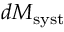
d M _ { \mathrm { s y s t } }